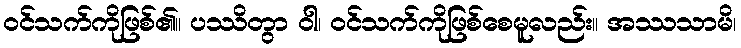
ဝင်သက်ကိုဖြစ်၏။ ပဿိတွာ ဝါ၊ ဝင်သက်ကိုဖြစ်စေမူလည်း။ အဿသာမိ၊